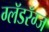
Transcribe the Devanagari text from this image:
ग्लॅडरॅग्ज